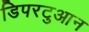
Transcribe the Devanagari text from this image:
डिपरटुआन